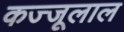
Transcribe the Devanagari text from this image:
कज्‍जूलाल